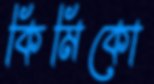
কিমিকো